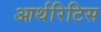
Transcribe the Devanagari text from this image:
आर्थरिटिस